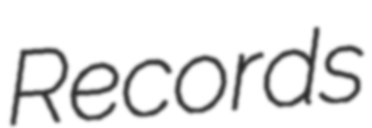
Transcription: Records